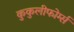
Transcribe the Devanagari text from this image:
कुकुलीफोर्म्स